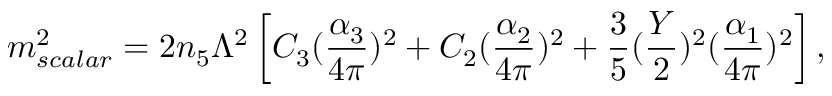
m _ { s c a l a r } ^ { 2 } = 2 n _ { 5 } \Lambda ^ { 2 } \left[ C _ { 3 } ( \frac { \alpha _ { 3 } } { 4 \pi } ) ^ { 2 } + C _ { 2 } ( \frac { \alpha _ { 2 } } { 4 \pi } ) ^ { 2 } + \frac { 3 } { 5 } ( \frac { Y } { 2 } ) ^ { 2 } ( \frac { \alpha _ { 1 } } { 4 \pi } ) ^ { 2 } \right] ,